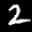
Label: 2